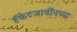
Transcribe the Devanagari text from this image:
हॅकेटजार्वींनच्या